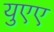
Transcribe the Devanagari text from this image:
युएए